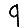
Digit: 9